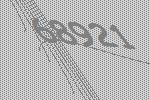
68921